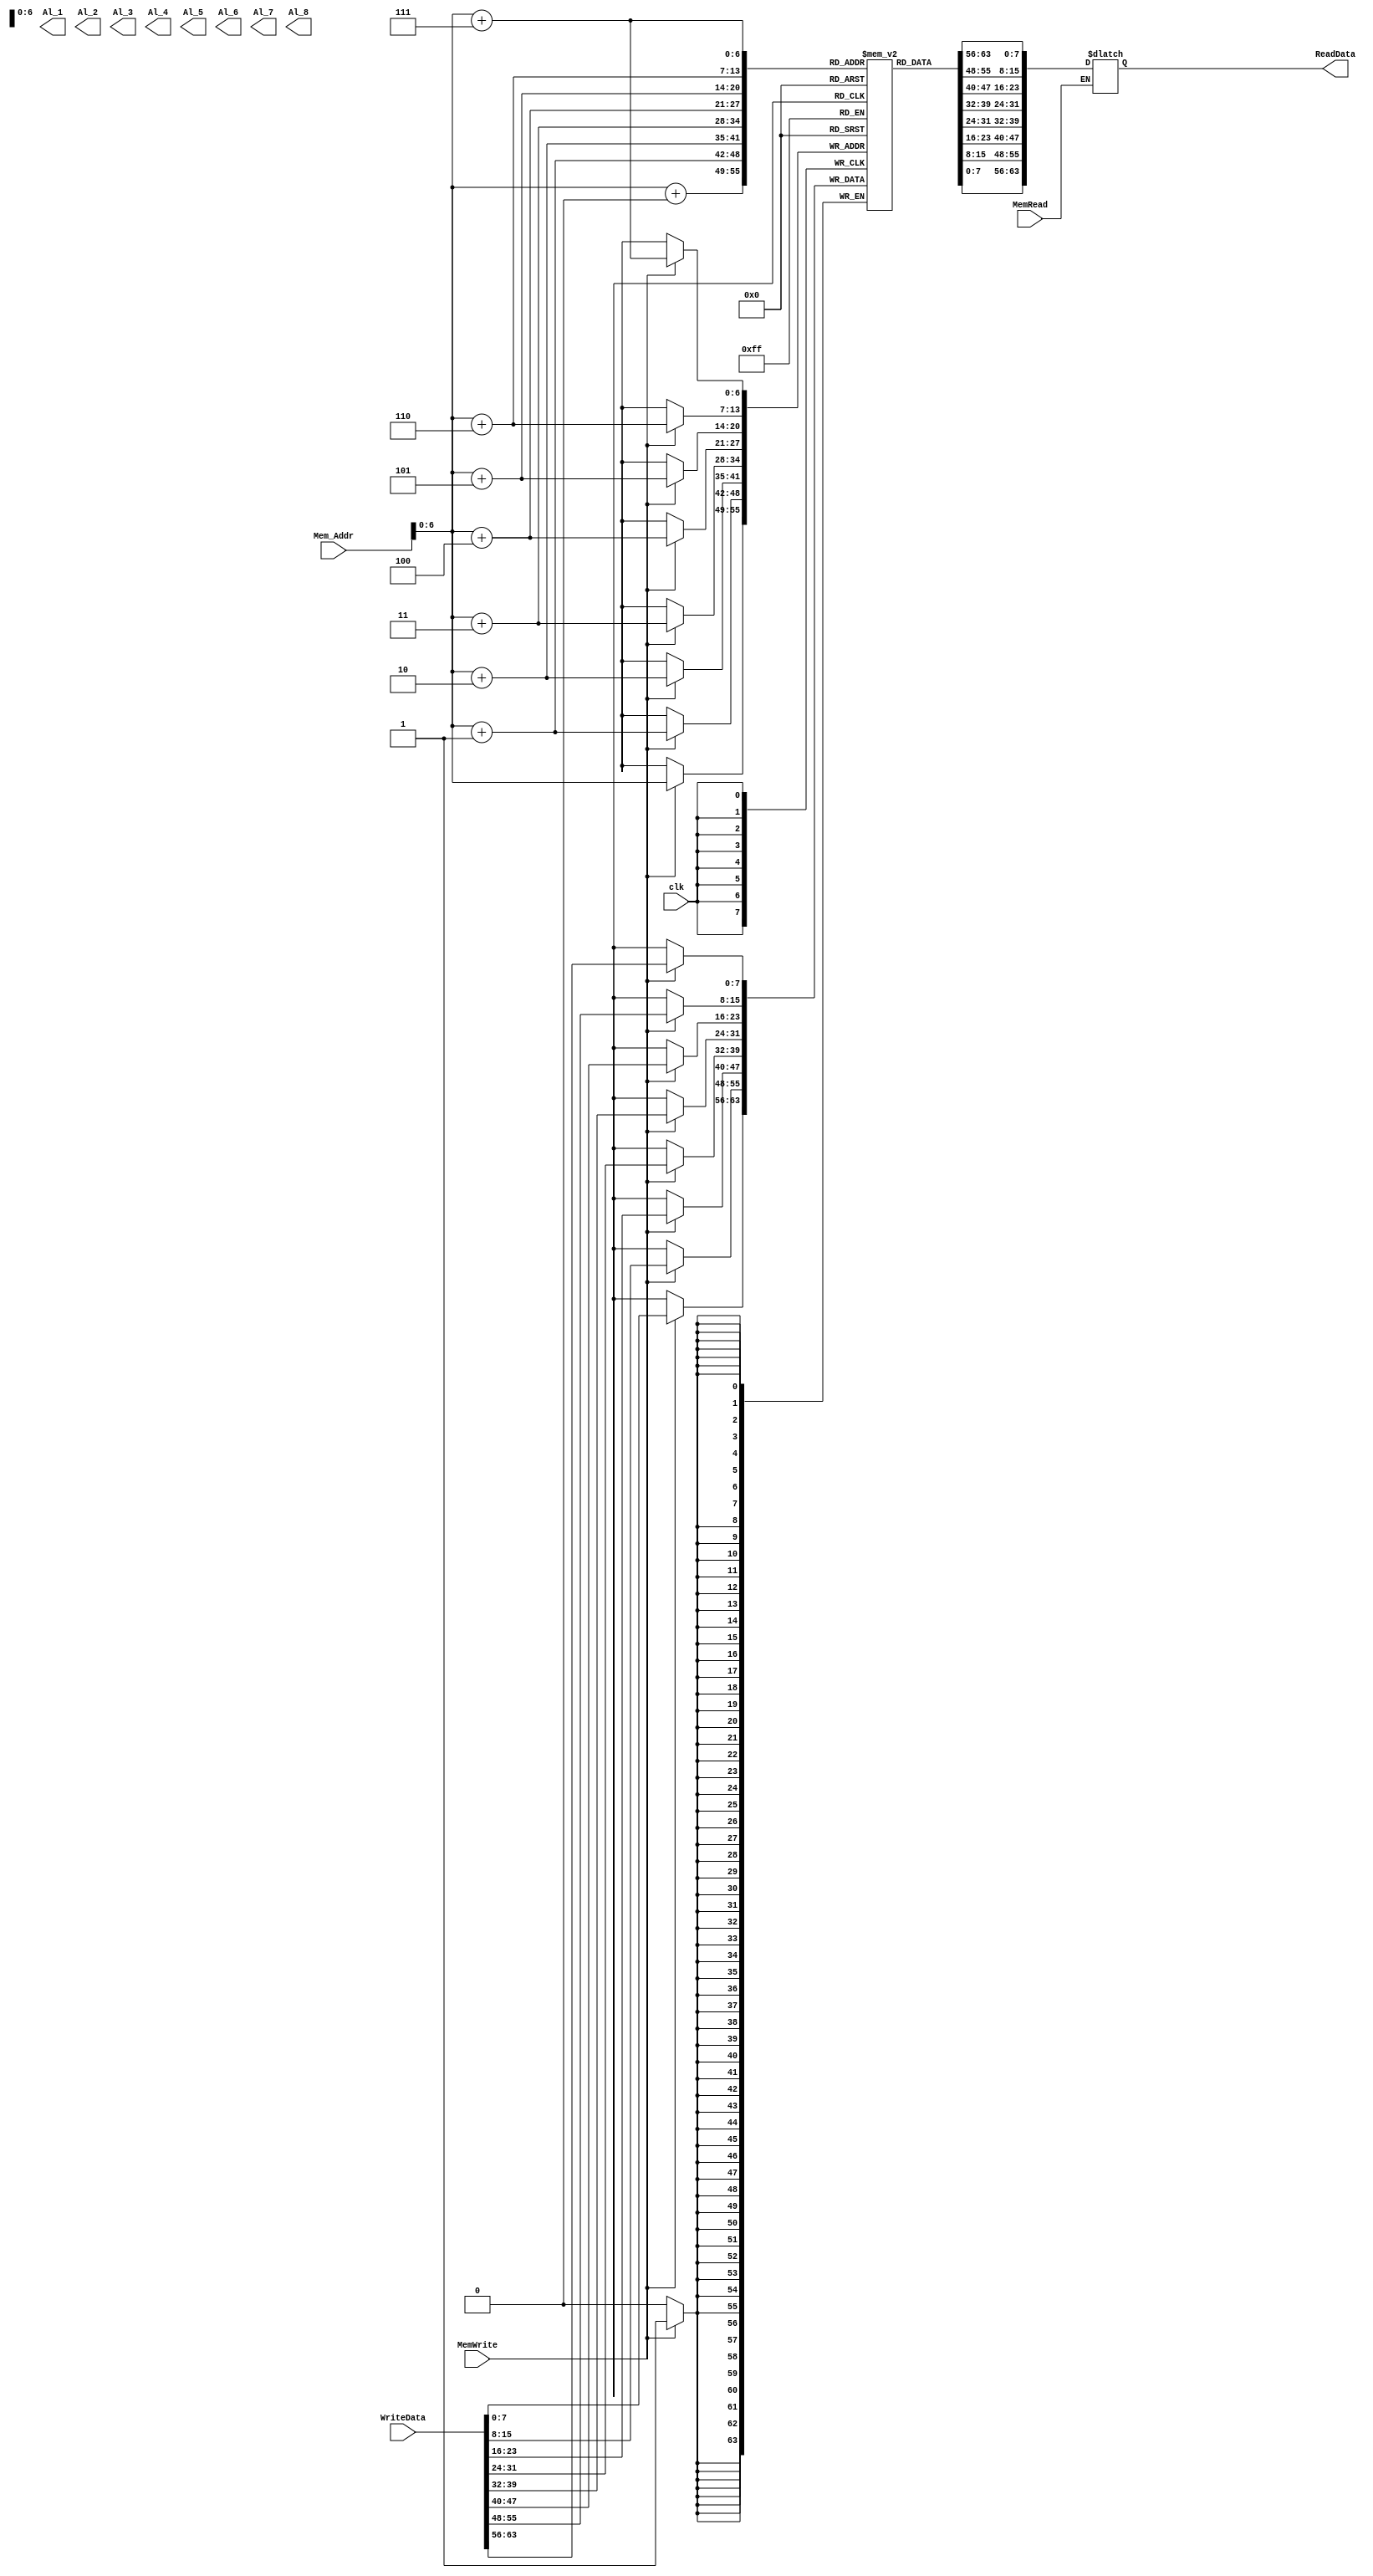
`timescale 1ns / 1ps

module Data_Memory(
input [63:0] Mem_Addr,
input [63:0] WriteData,
input clk,
input MemWrite,
input MemRead,
output reg [63:0] ReadData,
output [63:0] Al_1,
output [63:0] Al_2,
output [63:0] Al_3,
output [63:0] Al_4,
output [63:0] Al_5,
output [63:0] Al_6,
output [63:0] Al_7,
output [63:0] Al_8

);
reg [7:0] Memory [100:0]; 
integer k;
initial
begin
//take loop to assign 0 to all 100 

for (k = 0 ; k < 100 ; k = k + 1)
begin
    Memory[k] = 0; 
end 

Memory[0] = 8'd57;
Memory[8] = 8'd58;
Memory[16] = 8'd59;
Memory[24] = 8'd60;
Memory[32] = 8'd61;
Memory[40] = 8'd62;
Memory[48] = 8'd63;
Memory[56] = 8'd64;

end 
    assign AL_1 = {Memory[7], Memory[6], Memory[5], Memory[4], Memory[3], Memory[2], Memory[1],Memory[0]};
    assign AL_2 = {Memory[15], Memory[14], Memory[13], Memory[12], Memory[11], Memory[10], Memory[9], Memory[8]};
    assign AL_3 = {Memory[23],Memory[22], Memory[21], Memory[20], Memory[19], Memory[18], Memory[17], Memory[16]};
    assign AL_4 = {Memory[31],Memory[30], Memory[29], Memory[28], Memory[27], Memory[26], Memory[25], Memory[24]};
    assign AL_5 = {Memory[39],Memory[38], Memory[37], Memory[36], Memory[35], Memory[34], Memory[33], Memory[32]};
    assign AL_6 = {Memory[47],Memory[46], Memory[45], Memory[44], Memory[43], Memory[42], Memory[41], Memory[40]};
    assign AL_7 = {Memory[55],Memory[54], Memory[53], Memory[52], Memory[51], Memory[50], Memory[49], Memory[48]};
    assign AL_8 = {Memory[63],Memory[62], Memory[61], Memory[60], Memory[59], Memory[58], Memory[57], Memory[56]};
   
   
always@ (*)
 begin
 if (MemRead == 1'b1)
 
 begin
 ReadData[7:0] <= Memory[Mem_Addr+0];
 ReadData[15:8] <= Memory[Mem_Addr+1];
 ReadData[23:16] <= Memory[Mem_Addr+2];
 ReadData[31:24] <= Memory[Mem_Addr+3];
 ReadData[39:32] <= Memory[Mem_Addr+4];
 ReadData[47:40] <= Memory[Mem_Addr+5];
 ReadData[55:48] <= Memory[Mem_Addr+6];
 ReadData[63:56] <= Memory[Mem_Addr+7];

end
end
always@ (posedge clk)
//always@(*)
 begin
 if (MemWrite == 1'b1)
 begin
 Memory[Mem_Addr+7] <= WriteData[63:56];
 Memory[Mem_Addr+6] <= WriteData[55:48];
 Memory[Mem_Addr+5] <= WriteData[47:40];
 Memory[Mem_Addr+4] <= WriteData[39:32];
 Memory[Mem_Addr+3] <= WriteData[31:24];
 Memory[Mem_Addr+2] <= WriteData[23:16];
 Memory[Mem_Addr+1] <= WriteData[15:8];
 Memory[Mem_Addr] <= WriteData[7:0];
 end
 end
endmodule